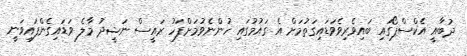
ދުބާއީ އެކްސްޕޯގައި ބައިވެރިވެވަޑައިގަތުމަށް އެ ގައުމުގައި ހުންނެވުމަށްފަހު ރައީސް ނަޝީދު މާލެ ވަޑައިގެންފައިވަނީ